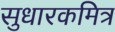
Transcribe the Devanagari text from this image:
सुधारकमित्र